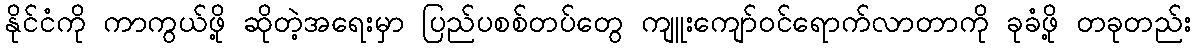
နိုင်ငံကို ကာကွယ်ဖို့ ဆိုတဲ့အရေးမှာ ပြည်ပစစ်တပ်တွေ ကျူးကျော်ဝင်ရောက်လာတာကို ခုခံဖို့ တခုတည်း